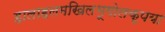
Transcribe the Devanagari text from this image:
हालाहलमखिलभूगोलकृपया